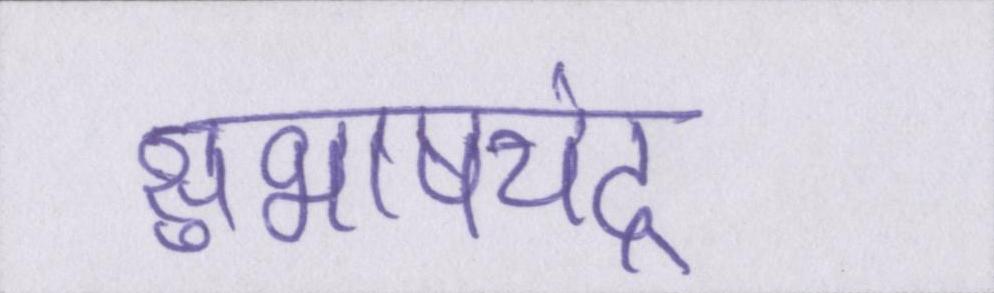
सुभाषचंद्र